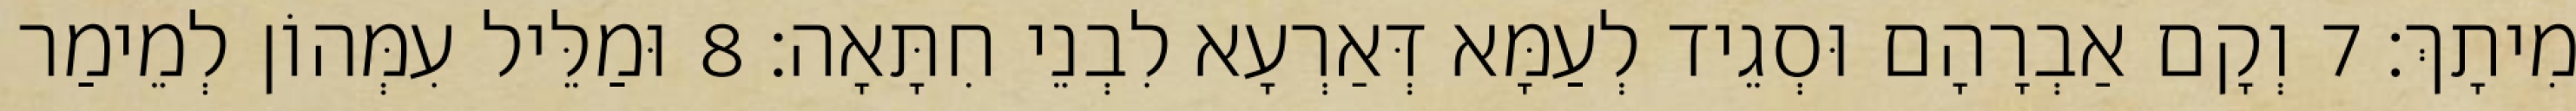
מִיתָךְ׃ 7 וְקָם אַבְרָהָם וּסְגֵיד לְעַמָּא דְּאַרְעָא לִבְנֵי חִתָּאָה׃ 8 וּמַלֵּיל עִמְּהוֹן לְמֵימַר